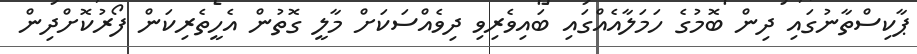
ޕާކިސްތާނުގައި ދިން ބޮމުގެ ހަމަލާއެއްގައި ބައިވެރިވި ދިވެއްސަކަށް މާލީ ގޮތުން އެހީތެރިކަން ފޯރުކޮށްދިން